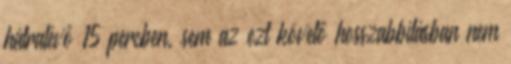
hátralévő 15 percben, sem az ezt követő hosszabbításban nem